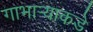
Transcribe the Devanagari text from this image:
गाभार्‍याकडे